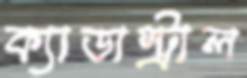
ক্যাডাস্ট্রাল